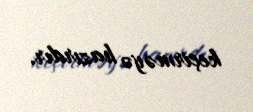
keçirməyə hazırdır.